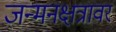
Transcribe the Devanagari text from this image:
जन्मनक्षत्रावर